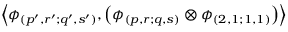
\left\langle \phi _ { ( p ^ { \prime } , r ^ { \prime } ; q ^ { \prime } , s ^ { \prime } ) } , \left( \phi _ { ( p , r ; q , s ) } \otimes \phi _ { ( 2 , 1 ; 1 , 1 ) } \right) \right\rangle